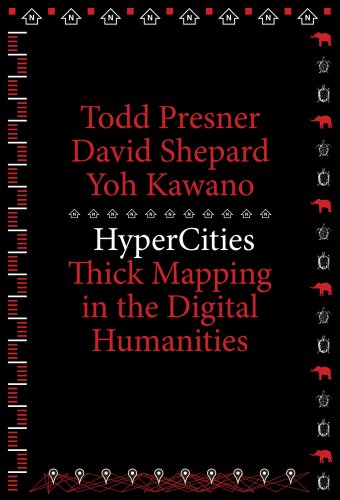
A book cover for HyperCities: Thick Mapping in the Digital Humanities (metaLABprojects); Todd Presner; Science & Math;